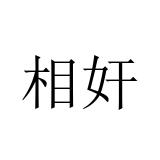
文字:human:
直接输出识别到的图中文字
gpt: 相奸